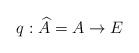
LaTeX: \begin{align*}q: \widehat{A} =A \to E\end{align*}